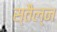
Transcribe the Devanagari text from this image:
स्तैल्न